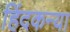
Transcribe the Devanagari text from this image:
हिंदकन्या